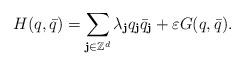
LaTeX: \begin{align*}H(q,\bar q)=\sum_{\textbf{j}\in\mathbb{Z}^d}\lambda_\textbf{j}q_\textbf{j}\bar q_\textbf{j}+\varepsilon G(q,\bar q).\end{align*}